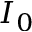
I _ { 0 }